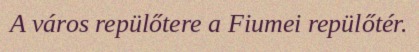
A város repülőtere a Fiumei repülőtér.